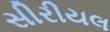
સીરીયલ